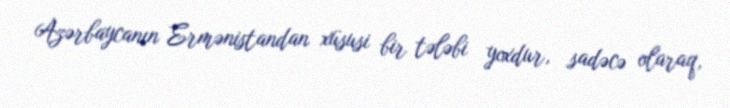
Azərbaycanın Ermənistandan xüsusi bir tələbi yoxdur, sadəcə olaraq,